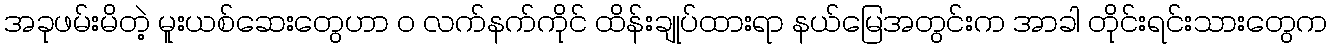
အခုဖမ်းမိတဲ့ မူးယစ်ဆေးတွေဟာ ဝ လက်နက်ကိုင် ထိန်းချုပ်ထားရာ နယ်မြေအတွင်းက အာခါ တိုင်းရင်းသားတွေက